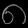
Digit: ၈